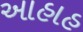
આહાહ